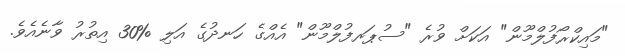
"މައިކްރޯފުލްމޫން" އަކަށް ވުރެ "ސުޕަރފުލްމޫން" އެއްގެ ހަނދުގެ އަލި %30 އިތުރު ވާނެއެވެ.